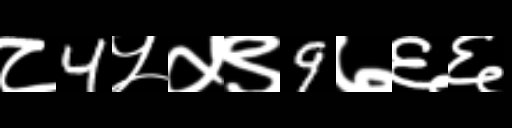
Text: ८4५५९9७६६